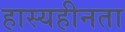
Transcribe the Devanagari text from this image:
हास्यहीनता